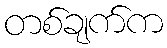
တစ်ချက်က